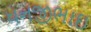
ધનજીભાઇ